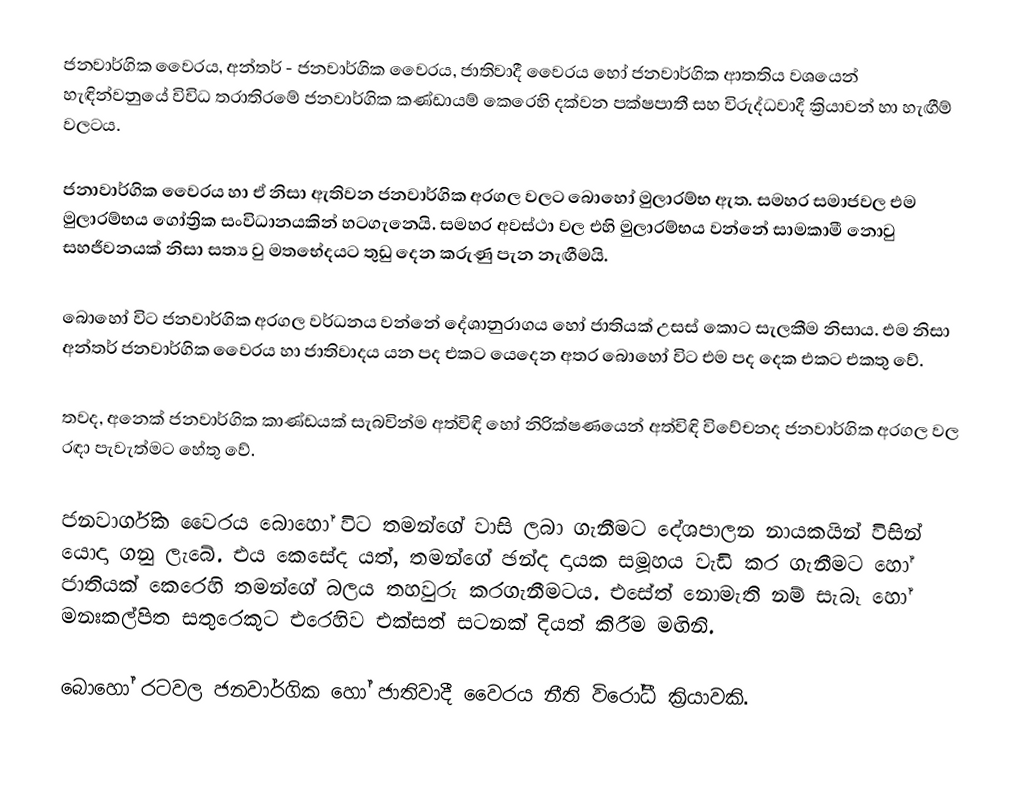
ජනවාර්ගික වෛරය, අන්තර් - ජනවාර්ගික වෛරය, ජාතිවාදී වෛරය හෝ ජනවාර්ගික ආතතිය වශයෙන් හැඳින්වනුයේ විවිධ තරාතිරමේ ජනවාර්ගික කණ්ඩායම් කෙරෙහි දක්වන පක්ෂපාතී සහ විරුද්ධවාදී ක්‍රියාවන් ‍හා හැඟීම් වලටය.

ජනාවාර්ගික වෛරය හා ඒ නිසා ඇතිවන ජනවාර්ගික අරගල වලට බොහෝ මුලාරම්භ ඇත. සමහර සමාජවල එම මුලාරම්භය ගෝත්‍රික සංවිධානයකින් හටගැනෙයි. සමහර අවස්ථා වල එහි මුලාරම්භය වන්නේ සාමකාමී නොවු සහජීවනයක් නිසා සත්‍ය වු මත‍භේදයට තුඩු දෙන කරුණු පැන නැඟීමයි.

බොහෝ විට ජනවාර්ගික අරගල වර්ධනය වන්නේ දේශානුරාගය හෝ ජාතියක් උසස් කොට සැලකීම නිසාය. එම නිසා අන්තර් ජනවාර්ගික වෛරය හා ජාතිවාදය යන පද එකට යෙදෙන අතර බො‍හෝ විට එම පද දෙක එකට එකතු වේ.

තවද, අනෙක් ජනවාර්ගික කාණ්ඩයක් සැබවින්ම අත්විඳි හෝ නිරික්ෂණයෙන් අත්විඳි විවේචනද ජනවාර්ගික අරගල වල රඳා පැවැත්මට හේතු වේ.

ජනවාර්ගික වෛරය බොහෝ විට තමන්ගේ වාසි ලබා ගැනීමට දේශපාලන නායකයින් විසින් යොදා ගනු ලැබේ. එය කෙසේද යත්, තමන්ගේ ඡන්ද දායක සමූහය වැඩි කර ගැනීමට හෝ ජාතියක් කෙරෙහි තමන්ගේ බලය තහවුරු කරගැනීමටය. එසේත් නොමැති නම් සැබෑ හෝ මනඃකල්පිත සතුරෙකුට එරෙහිව එක්සත් සටනක් දියත් කිරීම මඟිනි.

බොහෝ රටවල ජනවාර්ගික හෝ ජාතිවාදී වෛරය නීති විරෝධී ක්‍රියාවකි.